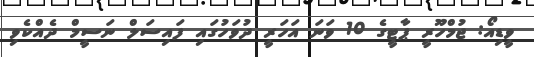
ވީޑިއޯ: ޖުމްހޫރީ ޕާޓީގެ 10 ވަނަ އަހަރީ ދުވަހުގައި ފައިސަލް ނަސީމް ދެއްކެވި